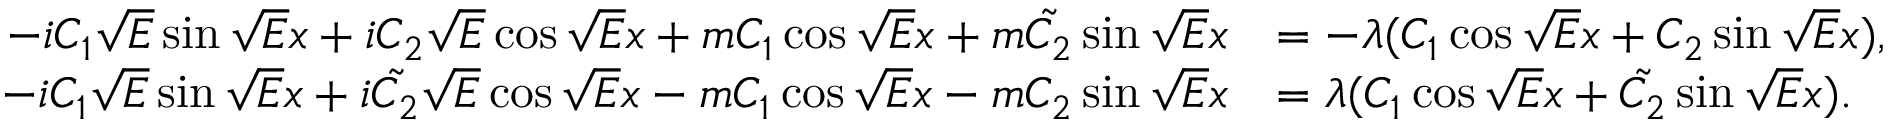
\begin{array} { r l } { - i C _ { 1 } \sqrt { E } \sin \sqrt { E } x + i C _ { 2 } \sqrt { E } \cos \sqrt { E } x + m C _ { 1 } \cos \sqrt { E } x + m \tilde { C _ { 2 } } \sin \sqrt { E } x } & { = - \lambda ( C _ { 1 } \cos \sqrt { E } x + C _ { 2 } \sin \sqrt { E } x ) , } \\ { - i C _ { 1 } \sqrt { E } \sin \sqrt { E } x + i \tilde { C _ { 2 } } \sqrt { E } \cos \sqrt { E } x - m C _ { 1 } \cos \sqrt { E } x - m C _ { 2 } \sin \sqrt { E } x } & { = \lambda ( C _ { 1 } \cos \sqrt { E } x + \tilde { C _ { 2 } } \sin \sqrt { E } x ) . } \end{array}